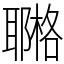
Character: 鿤